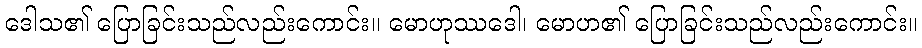
ဒေါသ၏ ပြောခြင်းသည်လည်းကောင်း။ မောဟုဿဒေါ၊ မောဟ၏ ပြောခြင်းသည်လည်းကောင်း။